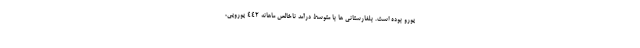
یورو بوده است. بلغارستانی ها با متوسط درآمد ناخالص ماهانه ۴۴۲ یورویی،